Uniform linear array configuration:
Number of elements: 48
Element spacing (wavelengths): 0.25
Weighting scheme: binomial
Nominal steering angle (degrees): -60
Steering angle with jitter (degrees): -58.215
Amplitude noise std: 0.05
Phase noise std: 0.05

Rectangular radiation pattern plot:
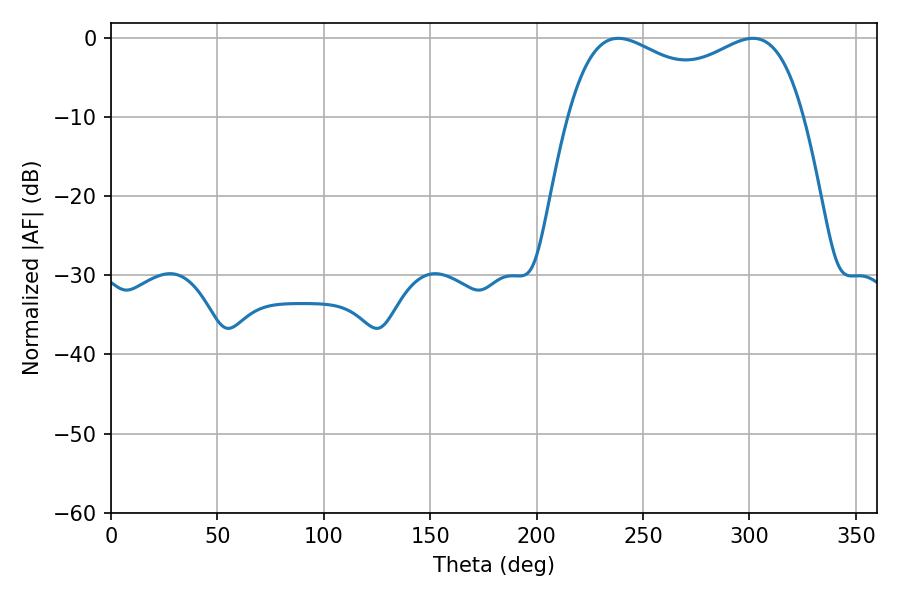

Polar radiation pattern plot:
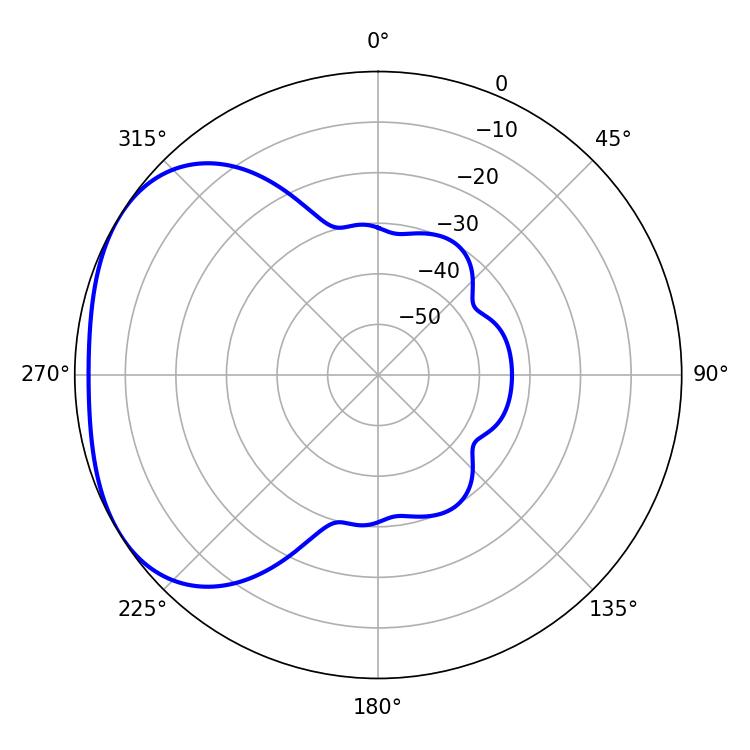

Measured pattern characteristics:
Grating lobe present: FALSE
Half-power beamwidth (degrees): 91.44
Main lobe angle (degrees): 238.32